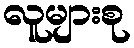
လူများစု